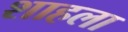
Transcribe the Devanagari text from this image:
शाहला